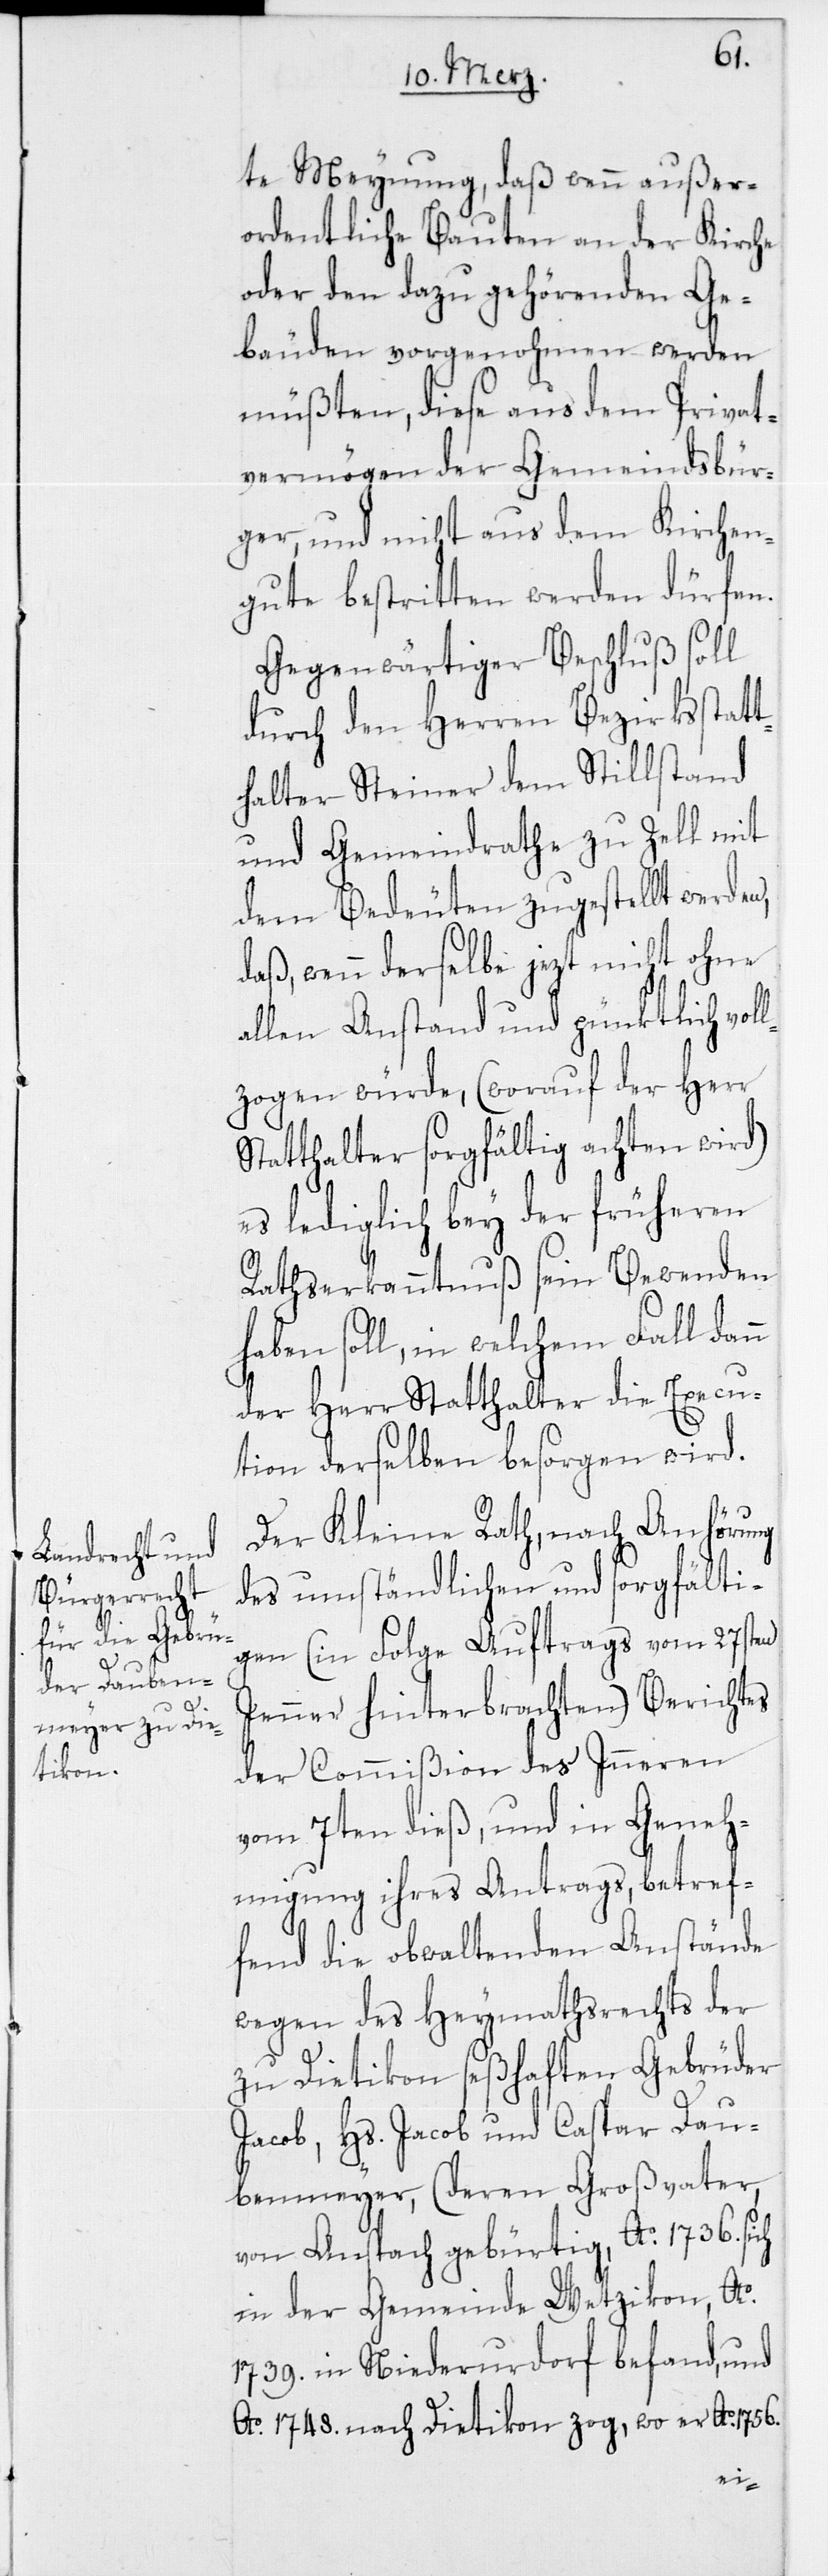
n

te Meynung, daß wenn außer¬
ordentliche Bauten an der Kirche
oder den dazu gehörenden Ge¬
bäuden vorgenohmen werden
müßten, diese aus dem Privat¬
vermögen der Gemeindsbür¬
ger, und nicht aus dem Kirchen¬
gute bestritten werden dürfen.
Gegenwärtiger Beschluß soll
durch den Herren Bezirksstatt¬
halter Steiner dem Stillstand
und Gemeindrathe zu Zell mit
dem Bedeuten zugestellt werden,
daß, wenn derselbe jezt nicht ohne
allen Anstand und pünktlich voll¬
zogen würde, (worauf der Herr
Statthalter sorgfältig achten wird)
es lediglich bey der früheren
Rathserkanntnuß sein Bewenden
haben soll, in welchem Fall dan¬
der Herr Statthalter die Execu¬
tion derselben besorgen wird.
Der Kleine Rath, nach Anhörung
des umständlichen und sorgfälti¬
gen (in Folge Auftrags vom 27sten
Jenner hinterbrachten) Berichtes
der Commißion des Inneren
vom 7ten dieß, und in Geneh¬
migung ihres Antrags, betref¬
fend die obwaltenden Anstände
wegen des Heymathsrechts der
zu Dietikon seßhaften Gebrüder
Jacob, Hs. Jacob und Caspar Dau¬
benmeyer, (deren Großvater,
von Anspach gebürtig, Ao. 1736. sich
in der Gemeinde Wetzikon, Ao.
1739. in Niederurdorf befand, und
Ao. 1748. nach Dietikon zog, wo er Ao. 1756.